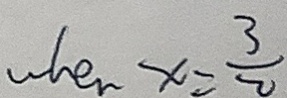
w h e _ { n } x = \frac { 3 } { 2 }